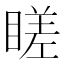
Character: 䁟